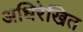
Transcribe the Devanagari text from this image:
अधिरेखित